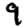
Digit: 9